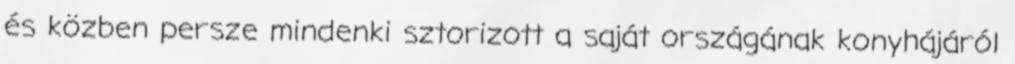
és közben persze mindenki sztorizott a saját országának konyhájáról